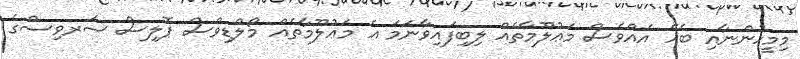
މިމީހުންނާއި ބެހޭ އެއްވެސް މަޢުލޫމާތެއް ލިބިފައިވާނަމަ އެ މަޢުލޫމާތެއް މޯލްޑިވްސް ޕޮލިސް ސަރވިސްގެ